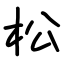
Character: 松